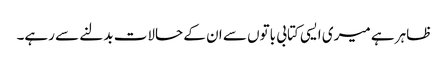
ظاہر ہے میری ایسی کتابی باتوں سے ان کے حالات بدلنے سے رہے۔